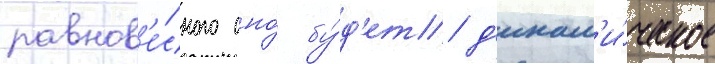
равнов'е́сного оно́ бу́д'ет д'инам'и́ческое